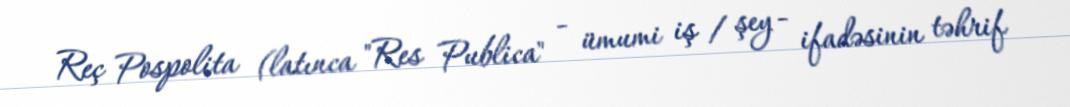
Reç Pospolita (latınca "Res Publica" - ümumi iş / şey - ifadəsinin təhrif